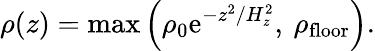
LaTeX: \rho(z)=\mathrm{max}\left(\rho_{0}\mathrm{e}^{-z^{2}/H_{z}^{2}},\: \rho_{\mathrm{floor}}\right).